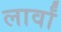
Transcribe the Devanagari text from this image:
लार्वां